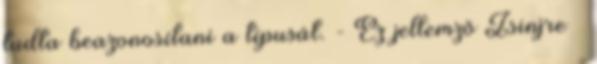
tudta beazonosítani a típusát. - Ez jellemző Zsinjre –